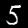
Label: 5